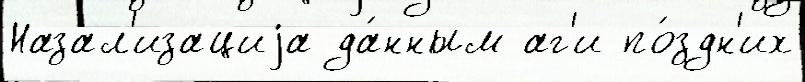
Назал'изациjа да́нным аг'и по́здн'их